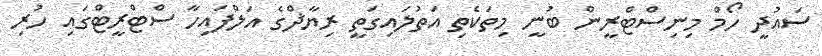
ސައުދީ ހޯމް މިނިސްޓްރީން ބުނީ މިތަކެތި އަތުލައިގަތީ ރިޔާޛްގެ އަލްފައިހާ ސްޓްރީޓްގައި ހުރި